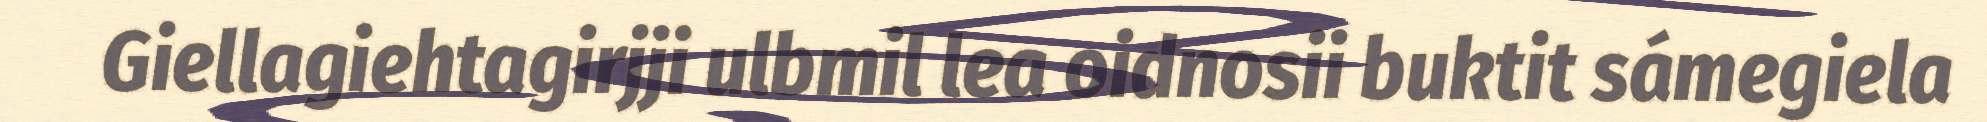
Giellagiehtagirjji ulbmil lea oidnosii buktit sámegiela